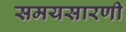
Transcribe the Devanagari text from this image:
समयसारणी